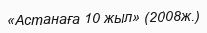
«Астанаға 10 жыл» (2008ж.)